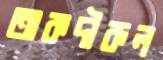
তাকদীরুল